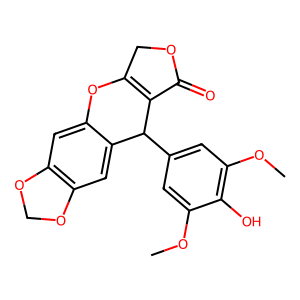
SMILES: COc1cc(C2C3=C(COC3=O)Oc3cc4c(cc32)OCO4)cc(OC)c1O
Inhibits HIV replication: No